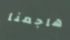
هاجمنا